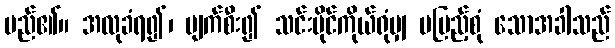
မည်၏။ အလုခံရ၍၊ ပျက်စီး၍ သင်းပိုင်ကိုယ်ရုံမျှ မပြည့်စုံ သောအခါသည်